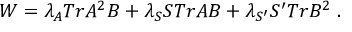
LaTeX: W = \lambda _ { A } T r A ^ { 2 } B + \lambda _ { S } S T r A B + \lambda _ { S ^ { \prime } } S ^ { \prime } T r B ^ { 2 } \; .